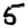
Digit: 5